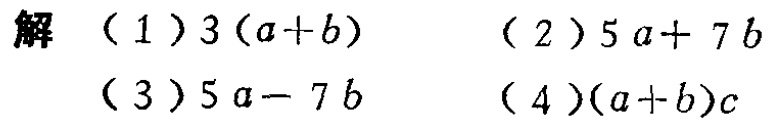
解

（1）\(3(a + b)\)

（2）\(5a + 7b\)

（3）\(5a - 7b\)

（4）\((a + b)c\)